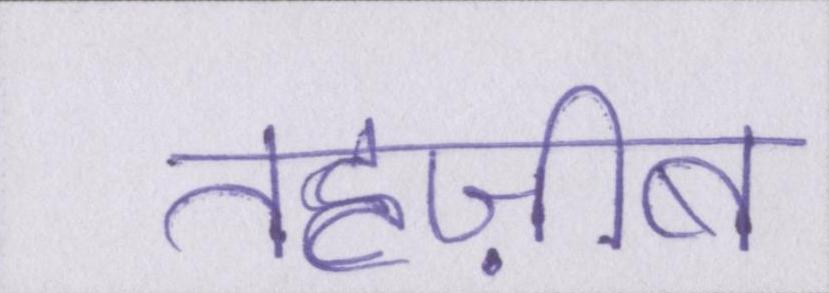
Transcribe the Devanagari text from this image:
तहज़ीब